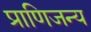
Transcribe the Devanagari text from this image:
प्राणिजन्य